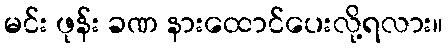
မင်း ဖုန်း ခဏ နားထောင်ပေးလို့ရလား။